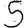
Digit: 5